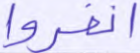
انفروا